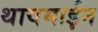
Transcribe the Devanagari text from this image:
थायमाईन